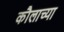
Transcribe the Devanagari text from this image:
कौलाच्या